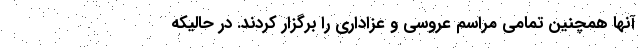
آنها همچنین تمامی مراسم عروسی و عزاداری را برگزار کردند. در حالیکه